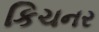
કિચનર